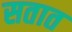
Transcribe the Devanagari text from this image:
सतात